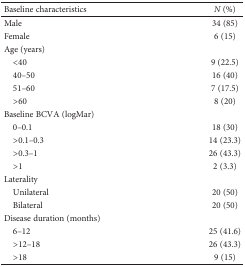
<table><thead><tr><td><b>Baseline characteristics</b></td><td><b><i>N</i> (%)</b></td></tr></thead><tbody><tr><td>Male</td><td>34 (85)</td></tr><tr><td>Female</td><td>6 (15)</td></tr><tr><td colspan="2">Age (years)</td></tr><tr><td> &lt;40</td><td>9 (22.5)</td></tr><tr><td> 40–50</td><td>16 (40)</td></tr><tr><td> 51–60</td><td>7 (17.5)</td></tr><tr><td> &gt;60</td><td>8 (20)</td></tr><tr><td colspan="2">Baseline BCVA (logMar)</td></tr><tr><td> 0–0.1</td><td>18 (30)</td></tr><tr><td> &gt;0.1–0.3</td><td>14 (23.3)</td></tr><tr><td> &gt;0.3–1</td><td>26 (43.3)</td></tr><tr><td> &gt;1</td><td>2 (3.3)</td></tr><tr><td colspan="2">Laterality</td></tr><tr><td> Unilateral</td><td>20 (50)</td></tr><tr><td> Bilateral</td><td>20 (50)</td></tr><tr><td colspan="2">Disease duration (months)</td></tr><tr><td> 6–12</td><td>25 (41.6)</td></tr><tr><td> &gt;12–18</td><td>26 (43.3)</td></tr><tr><td> &gt;18</td><td>9 (15)</td></tr></tbody></table>